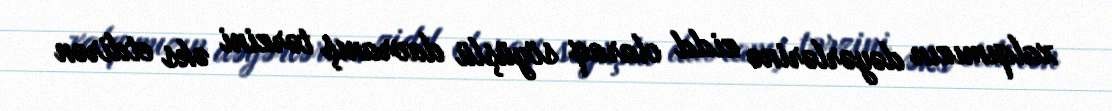
xalqımızın dəyərlərinə zidd olaraq söyüşlü davranış tərzini əks etdirən